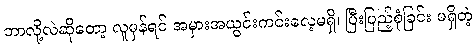
ဘာလို့လဲဆိုတော့ လူမှန်ရင် အမှားအယွင်းကင်းလေ့မရှိ၊ ပြီးပြည့်စုံခြင်း မရှိတဲ့